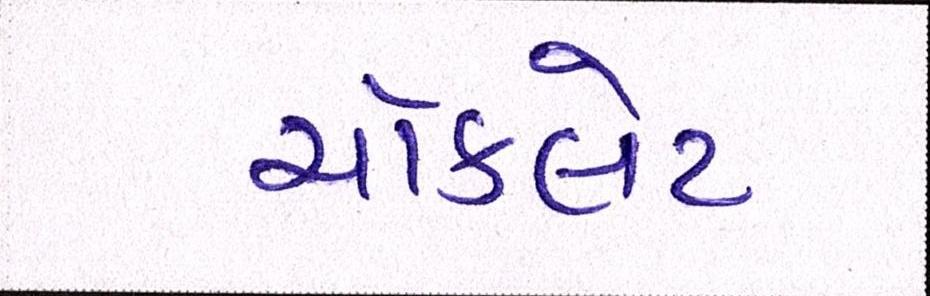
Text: ચૉકલેટ